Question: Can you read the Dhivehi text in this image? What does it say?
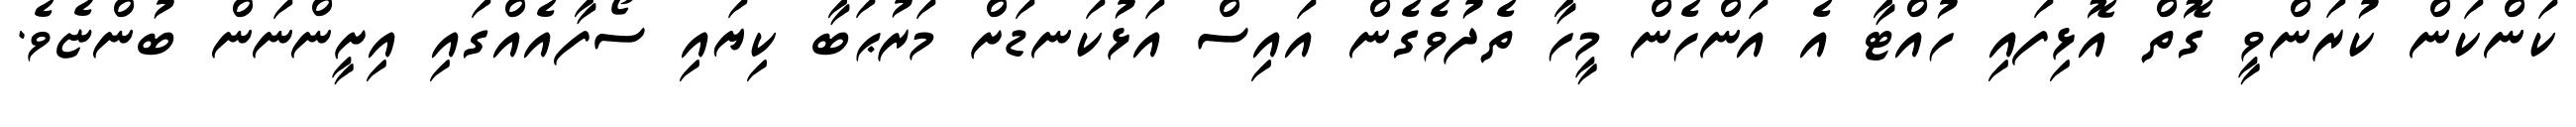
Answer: ކަންކަން ކުރަންވީ ގޮތް އޮޅިފައި ހުއްޓާ އެ އަންހެން މީހާ ތެދުވެގެން އައިސް އަޅުކަނޑަށް މަރުޙަބާ ކިޔައި ސޯފާއެއްގައި އިށީންނަން ބުންޏެވެ.